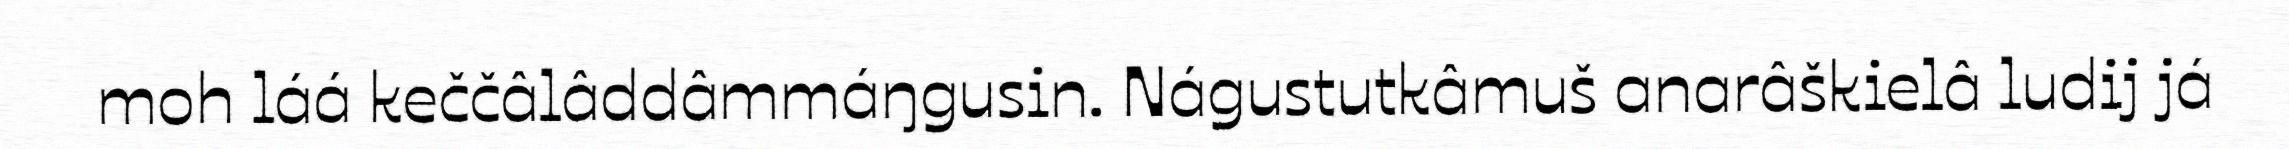
moh láá keččâlâddâmmáŋgusin. Nágustutkâmuš anarâškielâ ludij já